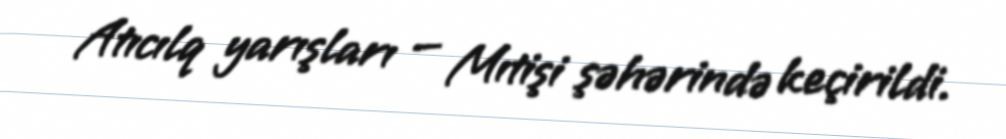
Atıcılq yarışları — Mıtişi şəhərində keçirildi.